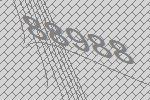
88988